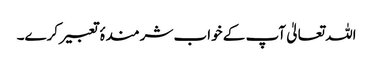
اللہ تعالیٰ آپ کے خواب شرمندۂ تعبیر کرے۔